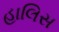
હાલિસ